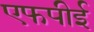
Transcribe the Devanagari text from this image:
एफपीई